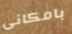
بامكانى